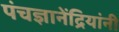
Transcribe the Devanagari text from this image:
पंचज्ञानेंद्रियांनी